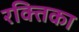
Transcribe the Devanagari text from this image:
रक्तिका